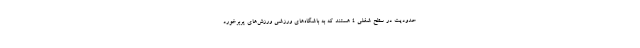
حدودیت در سطح شغلی ۴ هستند که به باشگاه‌های ورزشی ورزش‌های پربرخورد